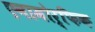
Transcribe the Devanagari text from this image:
एनामोर्फिक